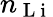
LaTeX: n_{\mathrm{~L~i~}}